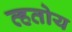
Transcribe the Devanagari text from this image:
व्हतोय